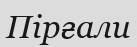
Пірғали